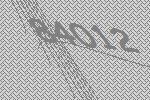
84012